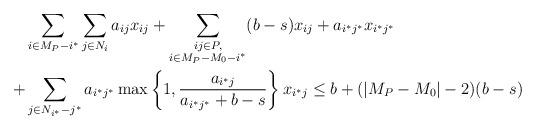
LaTeX: \begin{align*}& \sum_{i \in M_P - i^*} \sum_{j \in N_i} a_{ij} x_{ij} + \sum_{\substack{ij \in P,\\ i \in M_P - M_0 - i^*}} (b-s) x_{ij} + a_{i^* j^*} x_{i^* j^*} \\ + & \sum_{j \in N_{i^*} - j^*} a_{i^* j^*} \max\left\{1, \frac{a_{i^* j} }{ a_{i^* j^*} + b - s} \right\} x_{i^* j} \leq b + (|M_P - M_0| - 2) (b-s)\end{align*}